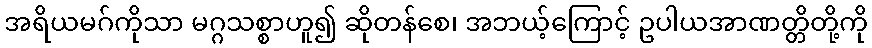
အရိယမဂ်ကိုသာ မဂ္ဂသစ္စာဟူ၍ ဆိုတန်စေ၊ အဘယ့်ကြောင့် ဥပါယအာဏတ္တိတို့ကို